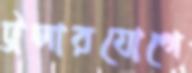
ট্রলারযোগে